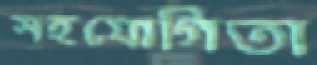
সহযোগিতা